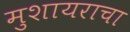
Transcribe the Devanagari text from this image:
मुशायराचा